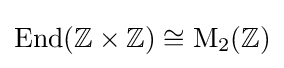
\operatorname {End} (\mathbb {Z} \times \mathbb {Z} )\cong \mathrm {M} _{2}(\mathbb {Z} )